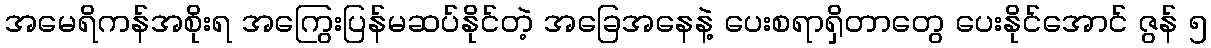
အမေရိကန်အစိုးရ အကြွေးပြန်မဆပ်နိုင်တဲ့ အခြေအနေနဲ့ ပေးစရာရှိတာတွေ ပေးနိုင်အောင် ဇွန် ၅